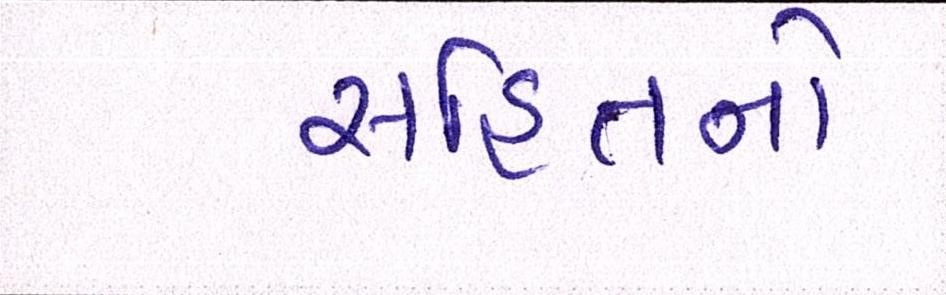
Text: સહિતનો